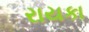
રાયકા